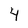
Character: 4